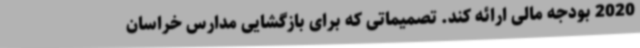
2020 بودجه مالی ارائه کند. تصمیماتی که برای بازگشایی مدارس خراسان